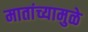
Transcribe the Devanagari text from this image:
मातांच्यामुळे